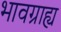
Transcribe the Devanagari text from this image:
भावग्राह्य